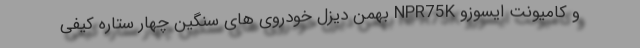
و کامیونت ایسوزو NPR75K بهمن دیزل خودروی های سنگین چهار ستاره کیفی